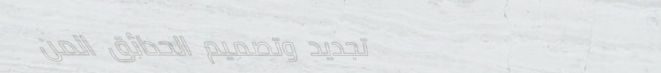
تجديد وتصميم الحدائق المن